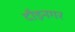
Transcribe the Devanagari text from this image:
दौड़नगर